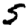
Digit: 5